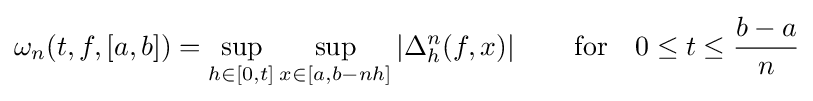
\omega _{n}(t,f,[a,b])=\sup _{h\in [0,t]}\sup _{x\in [a,b-nh]}\left|\Delta _{h}^{n}(f,x)\right|\qquad {\text{for}}\quad 0\leq t\leq {\frac {b-a}{n}}